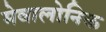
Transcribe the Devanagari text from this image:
मेवालोनिक